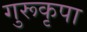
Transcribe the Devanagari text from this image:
गुरूकृपा